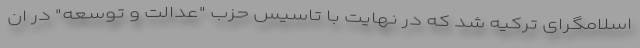
اسلامگرای ترکیه شد که در نهایت با تاسیس حزب "عدالت و توسعه" در ان